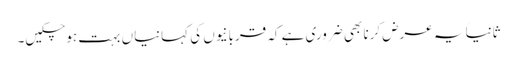
ثانیاً یہ عرض کرنا بھی ضروری ہے کہ قربانیوں کی کہانیاں بہت ہو چکیں۔